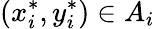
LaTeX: (x_{i}^{*},y_{i}^{*})\in A_{i}